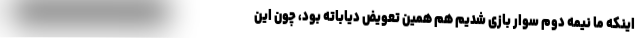
اینکه ما نیمه دوم سوار بازی شدیم هم همین تعویض دیاباته بود، چون این